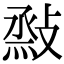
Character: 𢾧